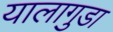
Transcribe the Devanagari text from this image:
यालागुडा